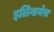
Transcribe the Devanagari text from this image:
इलिनायेस